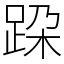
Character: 跥